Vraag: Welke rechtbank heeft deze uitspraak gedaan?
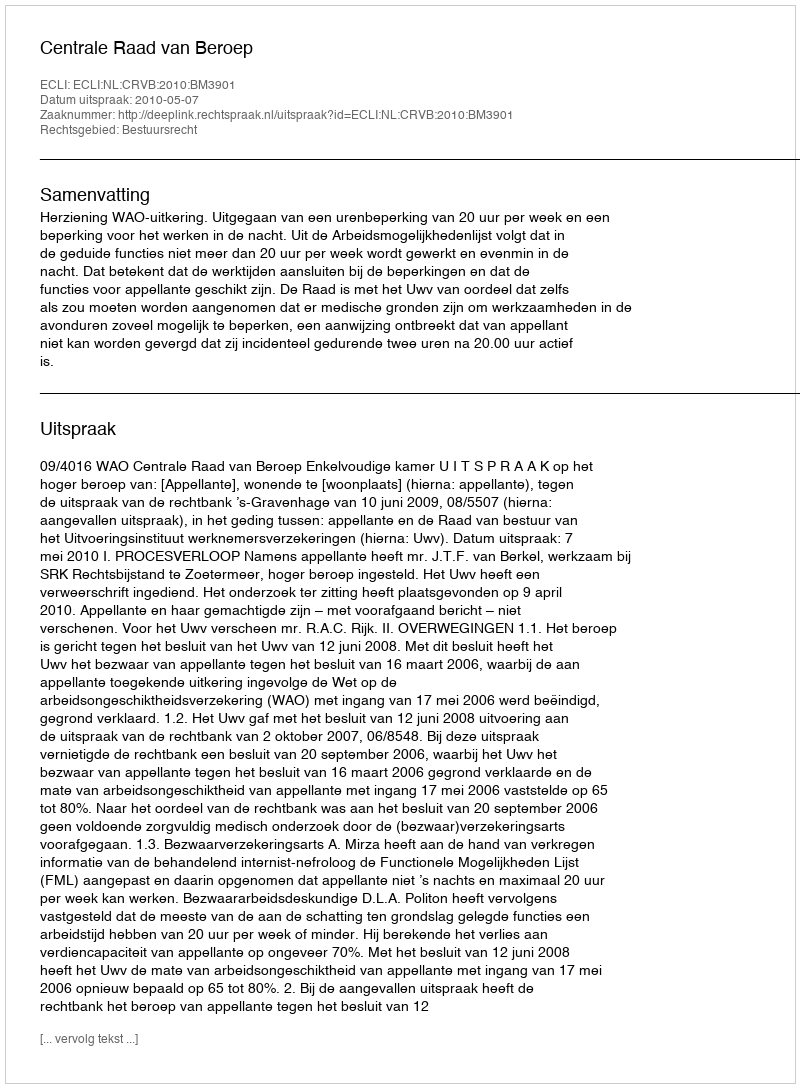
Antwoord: Centrale Raad van Beroep